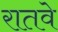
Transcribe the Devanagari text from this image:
रातवे